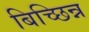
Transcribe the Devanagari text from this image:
बिच्छिन्न